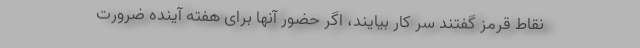
نقاط قرمز گفتند سر کار بیایند، اگر حضور آنها برای هفته آینده ضرورت